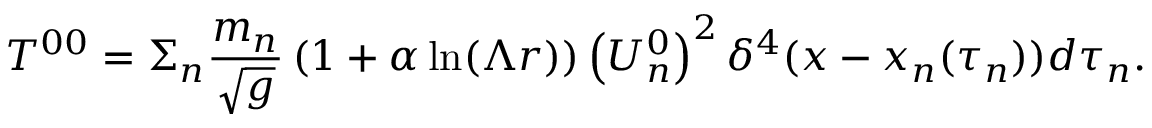
T ^ { 0 0 } = \Sigma _ { n } \frac { m _ { n } } { \sqrt { g } } \left( 1 + \alpha \ln ( \Lambda r ) \right) \left( U _ { n } ^ { 0 } \right) ^ { 2 } \delta ^ { 4 } ( x - x _ { n } ( \tau _ { n } ) ) d \tau _ { n } .